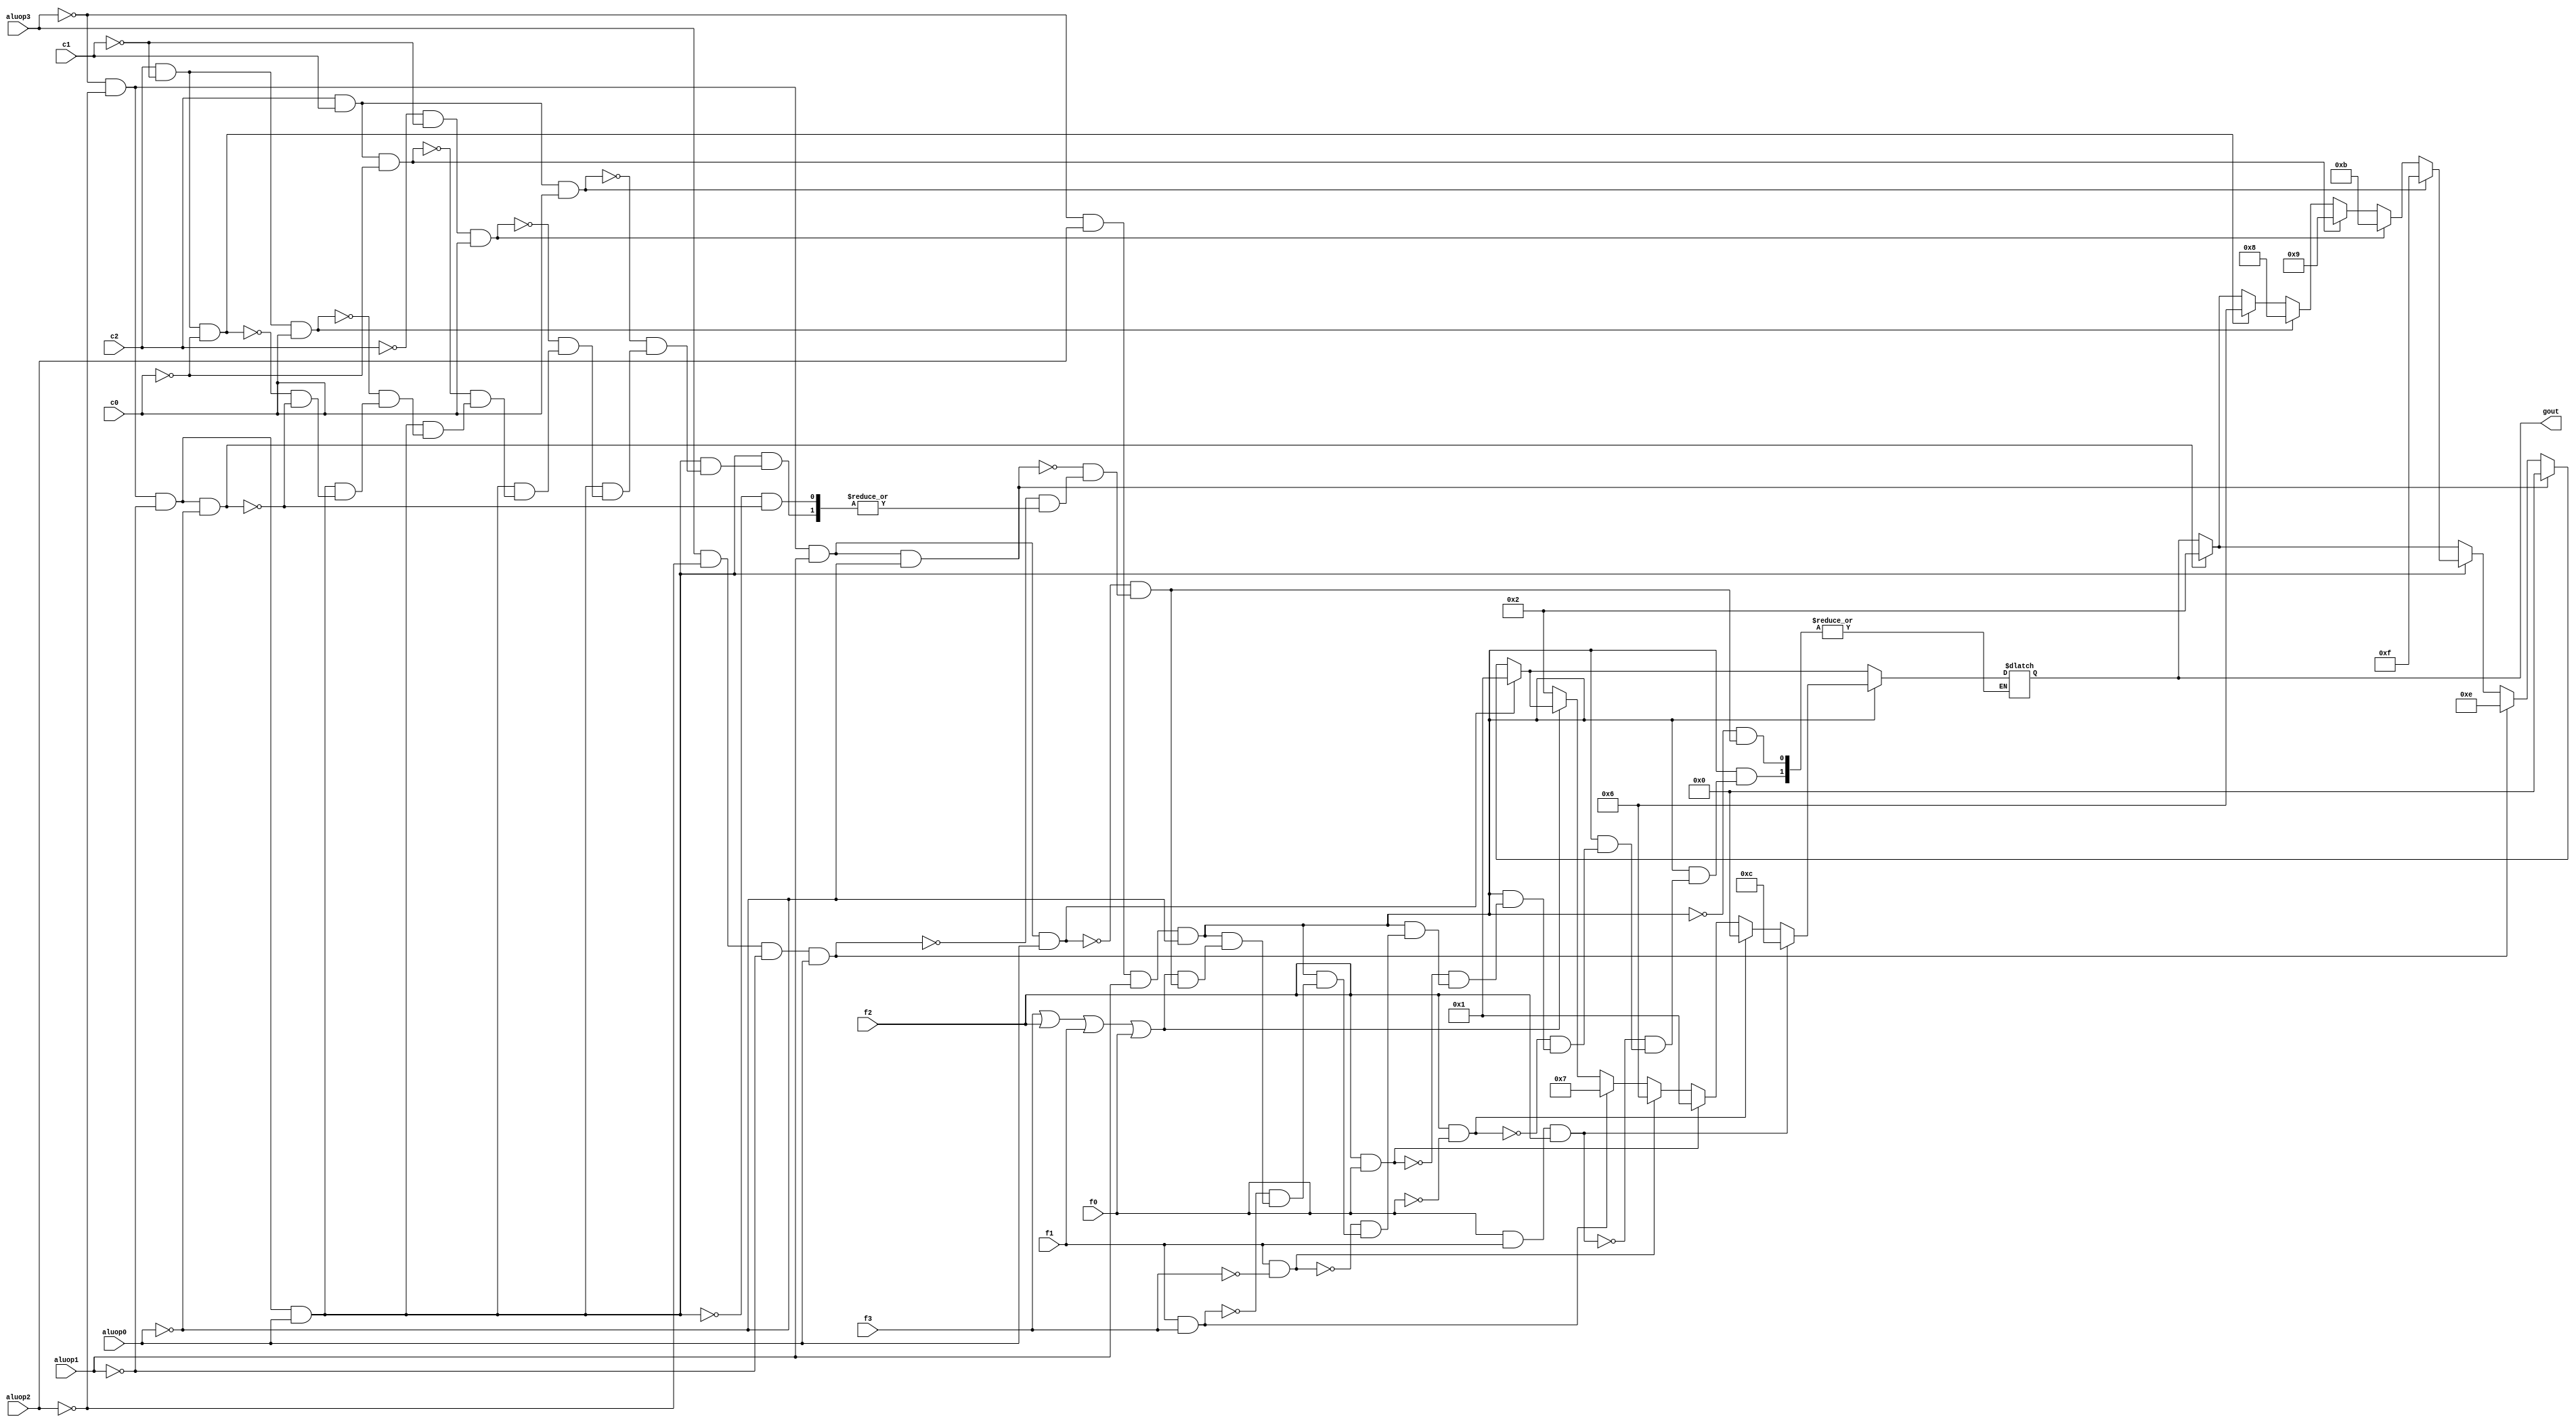
module alucont(aluop0,aluop1,aluop2,aluop3,f3,f2,f1,f0,c0,c1,c2,gout);
input aluop0,aluop1,aluop2,aluop3,c0,c1,c2,f3,f2,f1,f0;
output [3:0] gout;
reg [3:0] gout; 
always @(aluop0 or aluop1 or aluop2 or aluop3 or c0 or c1 or c2 or  f3 or f2 or f1 or f0)
begin
if( (~aluop3) & (~aluop2) & (~aluop1)  & (~aluop0)) gout = 4'b0010;     // if aluop = 0000 it's lw/sw/addi  (add)     
                  
if( (~aluop3) & (~aluop2) & (~aluop1)  & (aluop0) )   // if aluop = 0001, it's bgtz/blez/bltz/bne/beq 
begin 
	if( (c2) & (~c1) & (~c0) ) gout = 4'b0110;	// if opcode is 100 it's beq instruction (sub)
	if( (c2) & (~c1) & (c0) ) gout = 4'b1000;	// if opcode is 101 it's bne instruction ( ~sub)
	if( (c2) & (c1) & (~c0) ) gout = 4'b1001;	// if opcode is 111 it's blez instruction ( a <= 0 ? ) 
	if( (~c2) & (~c1) & (c0) ) gout = 4'b1011;	// if opcode is 001 it's bltz instruction  ( a < 0 ?
	if( (c2) & (c1) & (c0) ) gout = 4'b1111;	// if opcdoe is 110 it's bgtz instruction  ( a> 0 ? )
end
if( (aluop3)  &  (~aluop2) & (~aluop1) & (aluop0) ) gout = 4'b1110 ;    // if aluop = 1001, it's bgez ( a >= 0 ? ) 

if( (~aluop3) & (~aluop2) & (aluop1)   & (~aluop0)) gout = 4'b0000 ;    // if aluop = 0010, it's andi (and)
if( (~aluop3) & (~aluop2) & (aluop1)   & (aluop0) ) gout = 4'b0001 ;    // if aluop = 0011, it's ori (or) 
if( (~aluop3) & (aluop2) & (aluop1)  & (~aluop0) ) // if aluop = 0110, it's R-type
begin
	if (~(f3|f2|f1|f0))gout=4'b0010; 	//function code=0000,ALU control=0010 (add)
	if (f1&f3)gout=4'b0111;			//function code=1x1x,ALU control=0111 (set on less than)
	if (f1&~(f3))gout=4'b0110;		//function code=0x10,ALU control=0110 (sub)
	if (f2&f0)gout=4'b0001;			//function code=x1x1,ALU control=0001 (or)
	if (f2&~(f0))gout=4'b0000;		//function code=x1x0,ALU control=0000 (and)
	if(f0&f1&f2) gout = 4'b1100;		//// function code= =x111, Alu control=1100 (nor) 
	
	
		
end
end
endmodule